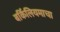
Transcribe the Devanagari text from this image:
बर्किलियमाचा